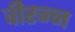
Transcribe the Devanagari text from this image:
वीरन्न